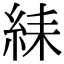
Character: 䋘